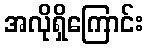
အလိုရှိကြောင်း